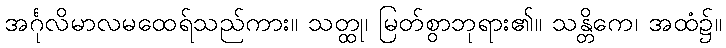
အင်္ဂုလိမာလမထေရ်သည်ကား။ သတ္ထု၊ မြတ်စွာဘုရား၏။ သန္တိကေ၊ အထံ၌။